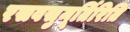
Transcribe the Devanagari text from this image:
रसवसुमूर्तिरिति